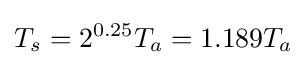
T_{s}={2^{0.25}T_{a}}={1.189T_{a}}